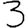
Digit: 3